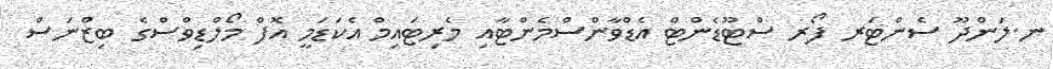
ނ.ލަންދޫ ސެންޓަރ ފޯރ ސްޓޫޑެންޓް އެޑްވާންސްމެންޓާއި މެރިޓައިމް އެކަޑަމީ އޮފް މޯލްޑިވްސްގެ ބިޒްނަސް